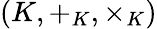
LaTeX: (K,+_{K},\times_{K})